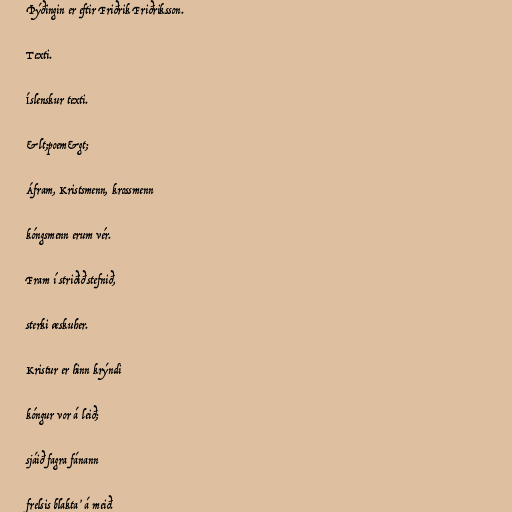
Þýðingin er eftir Friðrik Friðriksson.

Texti.

Íslenskur texti.

&lt;poem&gt;

Áfram, Kristsmenn, krossmenn

kóngsmenn erum vér.

Fram í striðið stefnið,

sterki æskuher.

Kristur er hinn krýndi

kóngur vor á leið;

sjáið fagra fánann

frelsis blakta’ á meið.